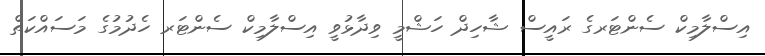
އިސްލާމިކް ސެންޓަރގެ ރައީސް ޝާހިދް ހަޝްމީ ވިދާޅުވީ އިސްލާމިކް ސެންޓަރ ހެދުމުގެ މަސައްކަތް